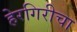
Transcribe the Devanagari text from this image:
हेरगिरीचा